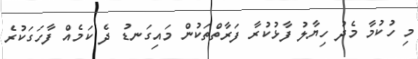
މި ހުކުމާ މެދު ހިޔާލު ފާޅުކުރާ ފަރާތްތަކުން މައިގަނޑު ދެ ކަމެއް ފާހަގަކުރެ